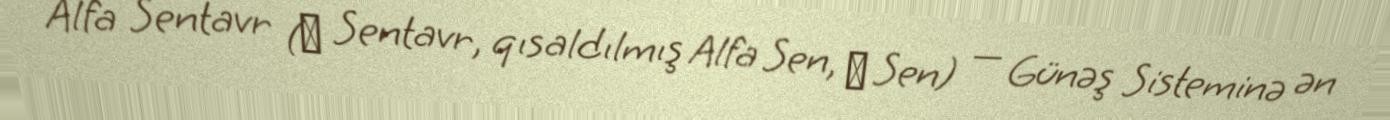
Alfa Sentavr (α Sentavr, qısaldılmış Alfa Sen, α Sen) — Günəş Sisteminə ən